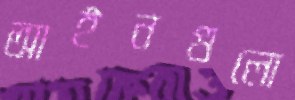
আইনগুলো